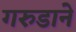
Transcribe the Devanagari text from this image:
गरुडाने